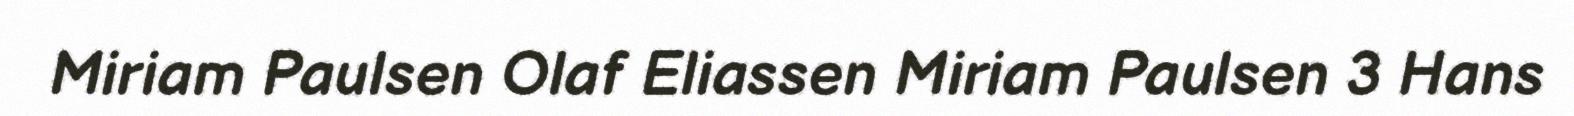
Miriam Paulsen Olaf Eliassen Miriam Paulsen 3 Hans